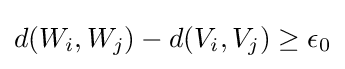
d(W_{i},W_{j})-d(V_{i},V_{j})\geq \epsilon _{0}